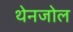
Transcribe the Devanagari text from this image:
थेनजोल